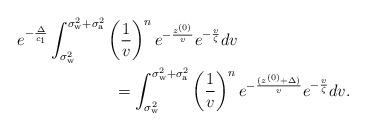
LaTeX: \begin{align*}e^{-\frac{\Delta}{c_1}}&\int_{\sigma_{\mathrm{w}}^2}^{\sigma_{\mathrm{w}}^2+\sigma_{\mathrm{a}}^2} \left(\frac{1}{v}\right)^{n} e^{-\frac{z^{(0)}}{v}}e^{-\frac{v}{\zeta}}dv \\&\qquad\qquad=\int_{\sigma_{\mathrm{w}}^2}^{\sigma_{\mathrm{w}}^2+\sigma_{\mathrm{a}}^2} \left(\frac{1}{v}\right)^{n} e^{-\frac{(z^{(0)}+\Delta)}{v}}e^{-\frac{v}{\zeta}}dv.\end{align*}